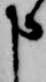
申